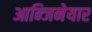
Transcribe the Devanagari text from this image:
आन्जिनेयार